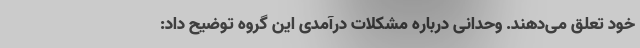
خود تعلق می‌دهند. وحدانی درباره مشکلات درآمدی این گروه توضیح داد: